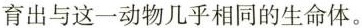
育出与这一动物几乎相同的生命体。